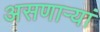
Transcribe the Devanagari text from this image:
असणाऱ्यां